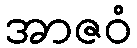
အာဇဝံ